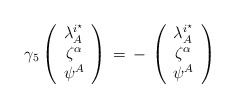
\begin{align*}\gamma _5\left(\begin{array}{c} \lambda ^{i^\star}_A \\ \zeta^{\alpha} \\ \psi^A \end{array}\right)\, =\,-\, \left(\begin{array}{c} \lambda ^{i^\star}_A \\ \zeta^{\alpha} \\ \psi^A \end{array}\right)\end{align*}